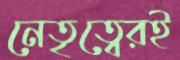
নেতৃত্বেরই